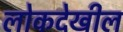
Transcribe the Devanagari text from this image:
लोकदेखील